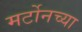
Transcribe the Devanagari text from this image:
मर्टोनच्या